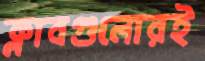
ক্লাবগুলোরই